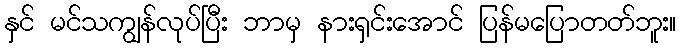
နှင် မင်သကျွန်လုပ်ပြီး ဘာမှ နားရှင်းအောင် ပြန်မပြောတတ်ဘူး။